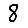
Digit: 8